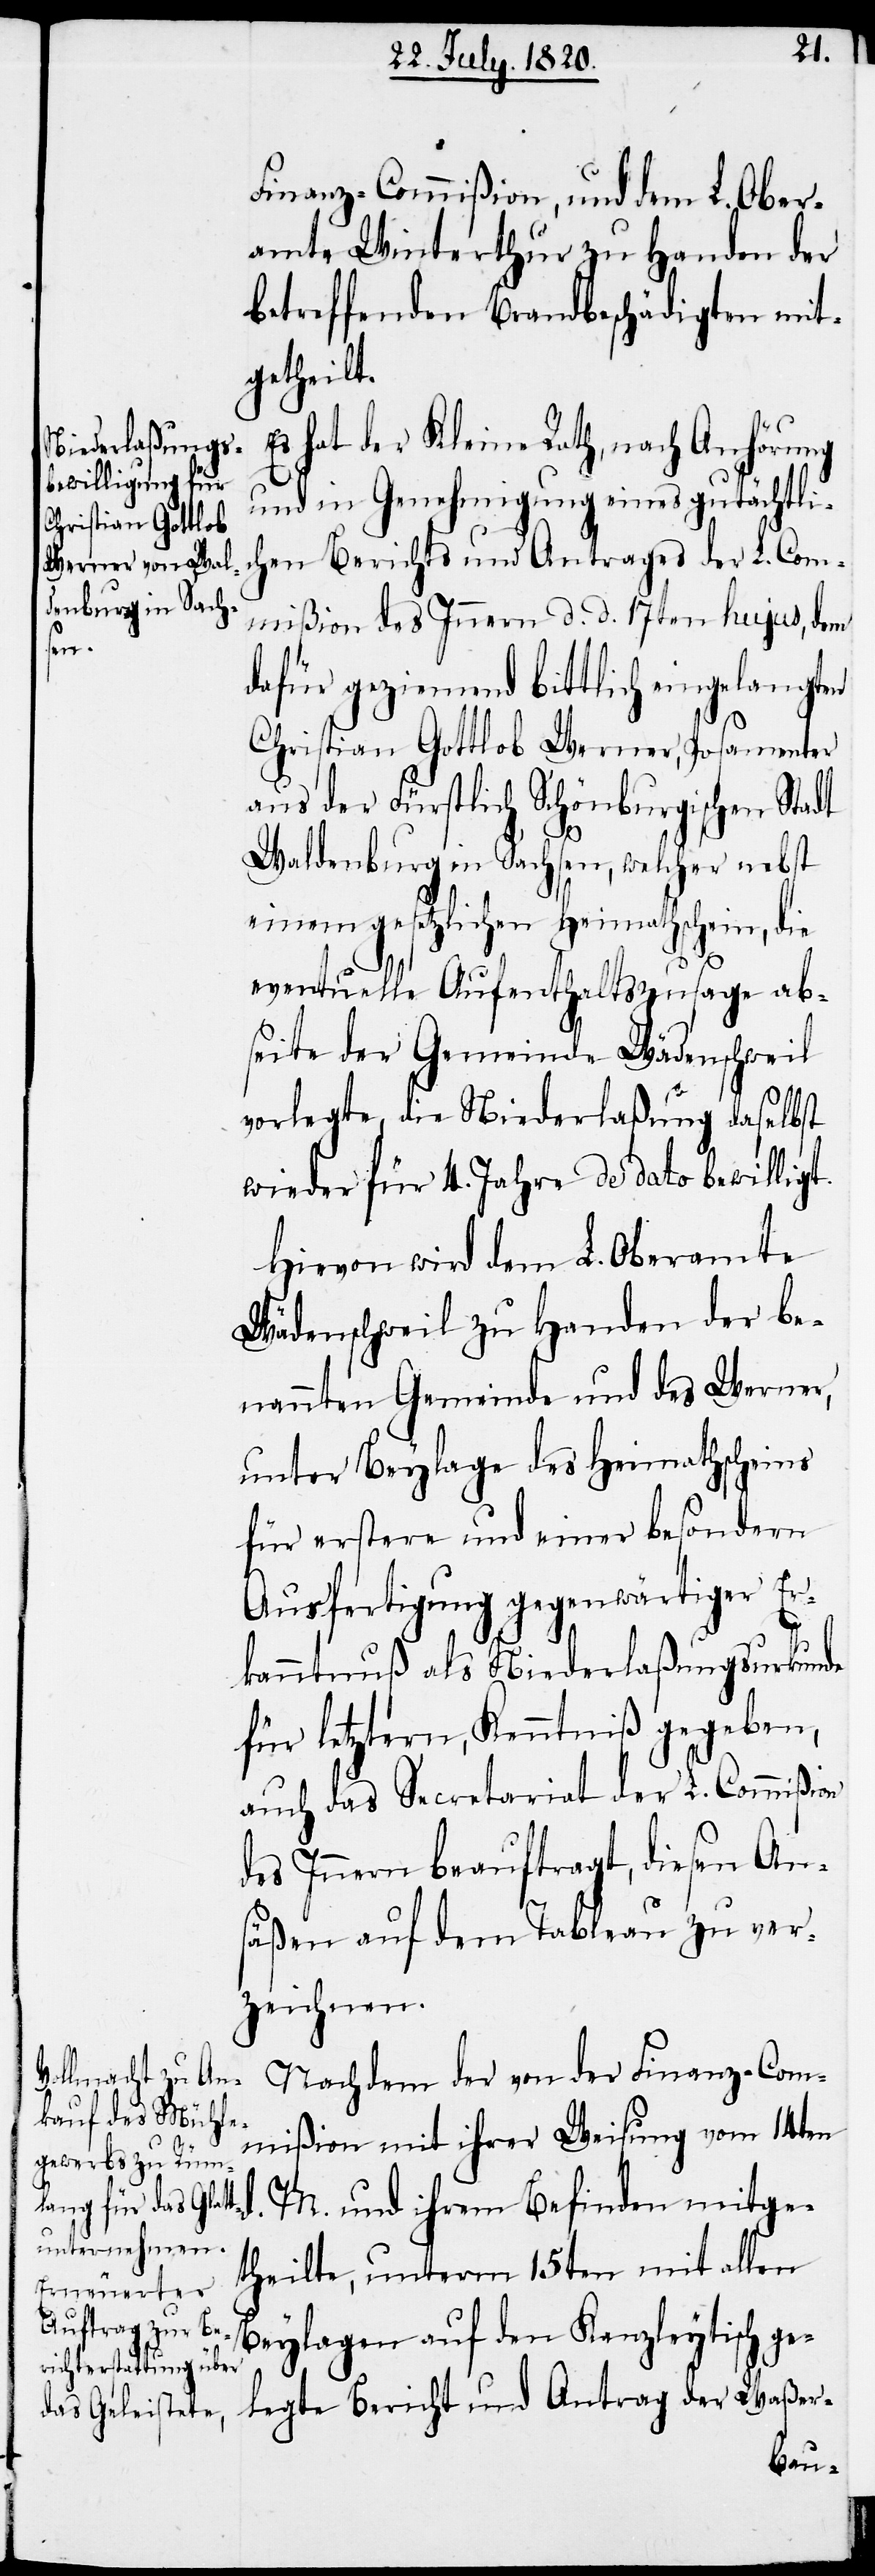
d.

Finanz-Commißion, und dem L. Ober¬
amte Winterthur zu Handen der
betreffenden Brandbeschädigten mit¬
getheilt.
Es hat der Kleine Rath, nach Anhörung
und in Genehmigung eines gutächtlic¬
hen Berichts und Antrages der L. Com¬
mißion des Innern d. d. 17ten hujus, dem
dafür geziemend bittlich eingelangten
Christian Gottlob Werner, Posamenter
aus der Fürstlich Schönburgischen Stadt
Waldenburg in Sachsen, welcher nebst
einem gesetzlichen Heimathschein, die
eventuelle Aufenthaltszusage ab¬
seite der Gemeinde Wädenschweil
vorlegte, die Niederlaßung daselbst
wieder für 4. Jahre de dato bewilligt.
Hiervon wird dem L. Oberamte
Wädenschweil zu Handen der be¬
nannten Gemeinde und des Werner,
unter Beylage des Heimathscheins
für erstere und einer besondern
Ausfertigung gegenwärtiger Er¬
kanntnuß als Niederlaßungsurkunde
für letztern, Kenntniß gegeben,
auch das Secretariat der L. Commißion
des Innern beauftragt, diesen Ans¬
äßen auf dem Tableau zu ver¬
zeichnen.
Nachdem der von der Finanz-Com¬
mißion mit ihrer Weisung von 14ten
M. und ihrem Befinden mitge¬
theilte, unterm 15ten mit allen
Beylagen auf den Kanzleytisch ge¬
legte Bericht und Antrag der Waßer-